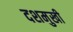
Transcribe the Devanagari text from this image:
दशमुखी